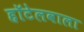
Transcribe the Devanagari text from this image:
हॉटेलवाला